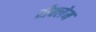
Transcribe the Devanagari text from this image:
रीक्लेम